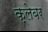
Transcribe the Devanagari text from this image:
क्लेबर